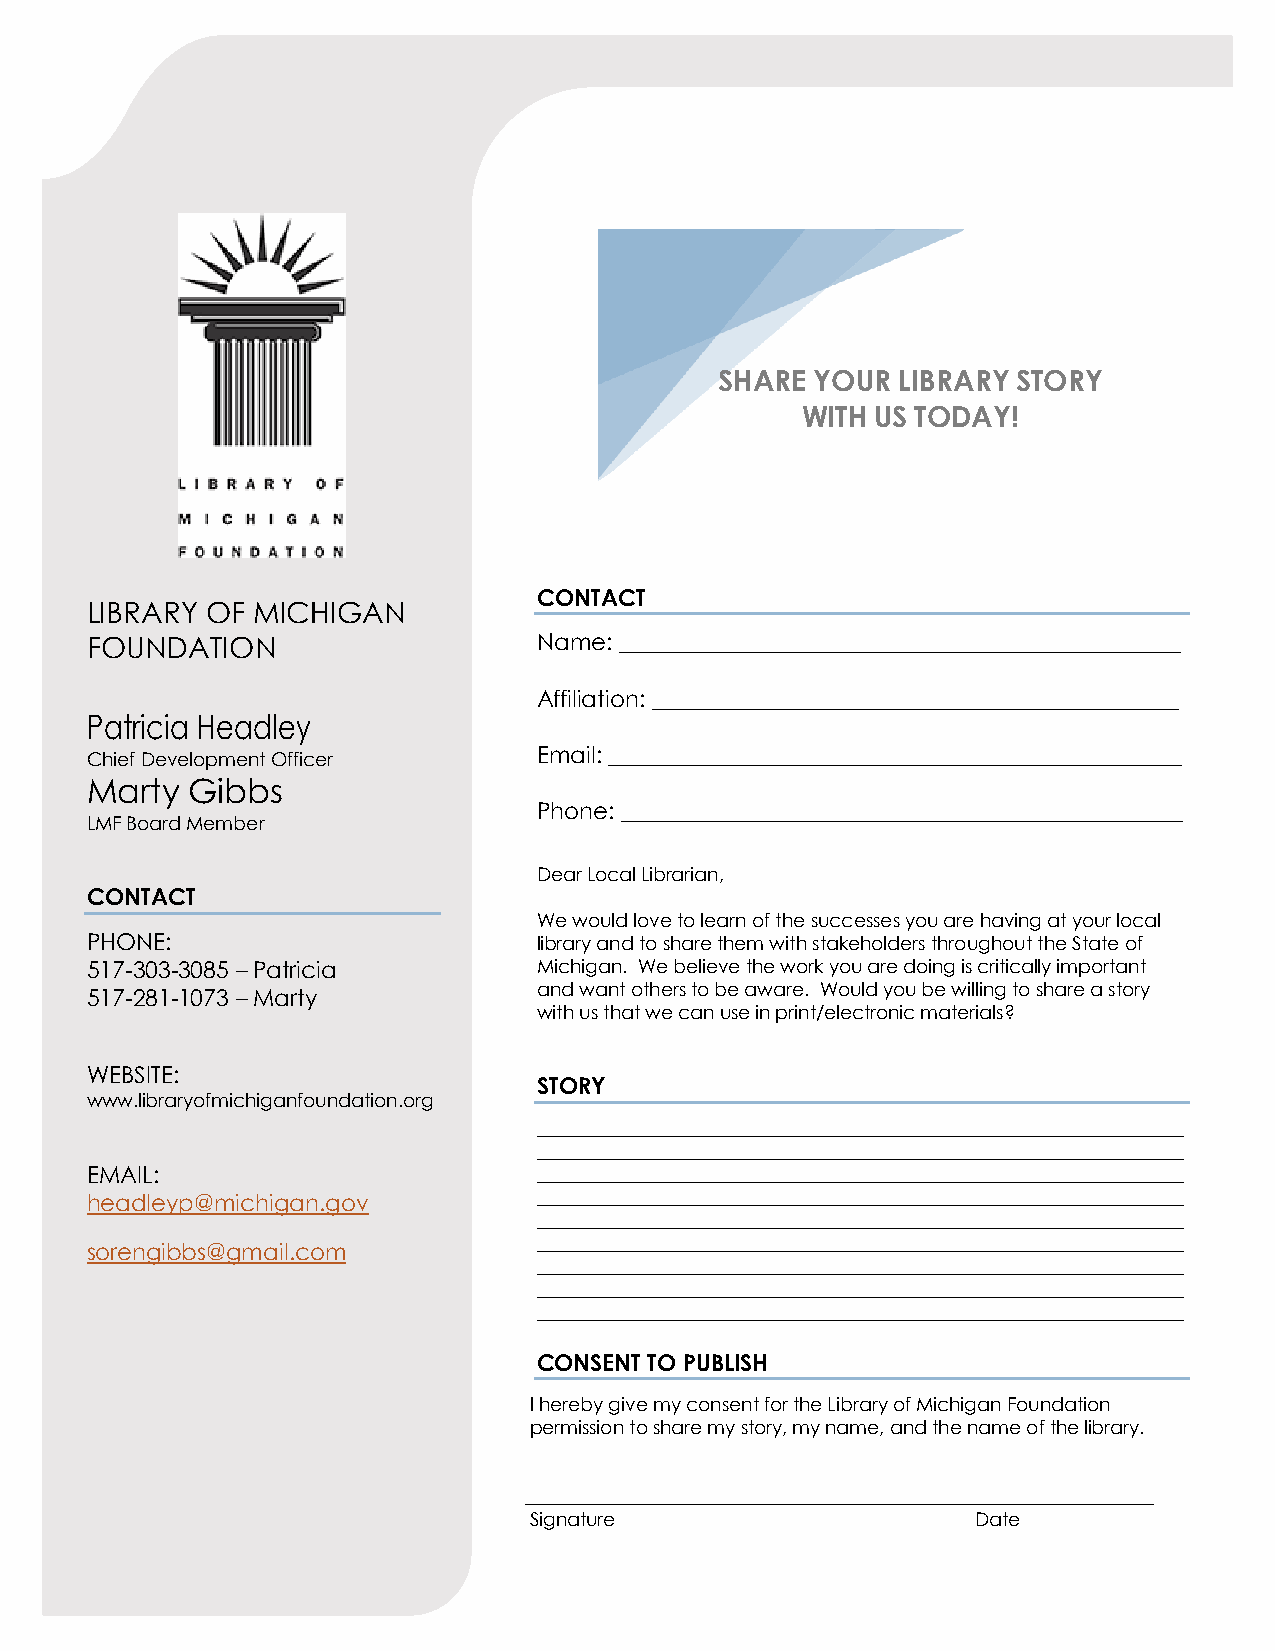
SHARE YOUR LIBRARY STORY
 WITH US TODAY!
 CONTACT
 LIBRARY OF MICHIGAN
 FOUNDATION                    Name: _________________________________________________
 Affiliation: ______________________________________________
 Patricia Headley
 Chief Development Officer     Email: __________________________________________________
 Marty  Gibbs
 Phone: _________________________________________________
 LMF Board Member
 Dear Local Librarian,
 CONTACT
 We would love to learn of the successes you are having at your local
 PHONE:                        library and to share them with stakeholders throughout the State of
 517-303-3085 – Patricia       Michigan. We believe the work you are doing is critically important
 and want others to be aware. Would you be willing to share a story
 517-281-1073 – Marty
 with us that we can use in print/electronic materials?
 WEBSITE:
 STORY
 www.libraryofmichiganfoundation.org
 _____________________________________________________________________
 _____________________________________________________________________
 EMAIL:                        _____________________________________________________________________
 headleyp@michigan.gov         _____________________________________________________________________
 _____________________________________________________________________
 _____________________________________________________________________
 sorengibbs@gmail.com
 _____________________________________________________________________
 _____________________________________________________________________
 _____________________________________________________________________
 CONSENT TO PUBLISH
 I hereby give my consent for the Library of Michigan Foundation
 permission to share my story, my name, and the name of the library.
 ___________________________________________________________________
 Signature                     Date